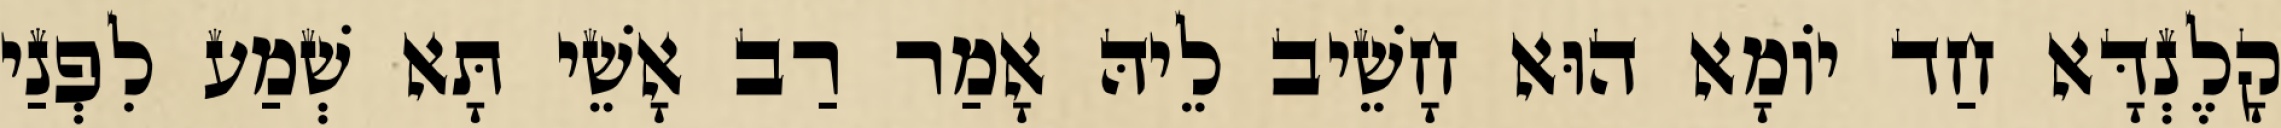
קָלֶנְדָּא חַד יוֹמָא הוּא חָשֵׁיב לֵיהּ אָמַר רַב אָשֵׁי תָּא שְׁמַע לִפְנַי